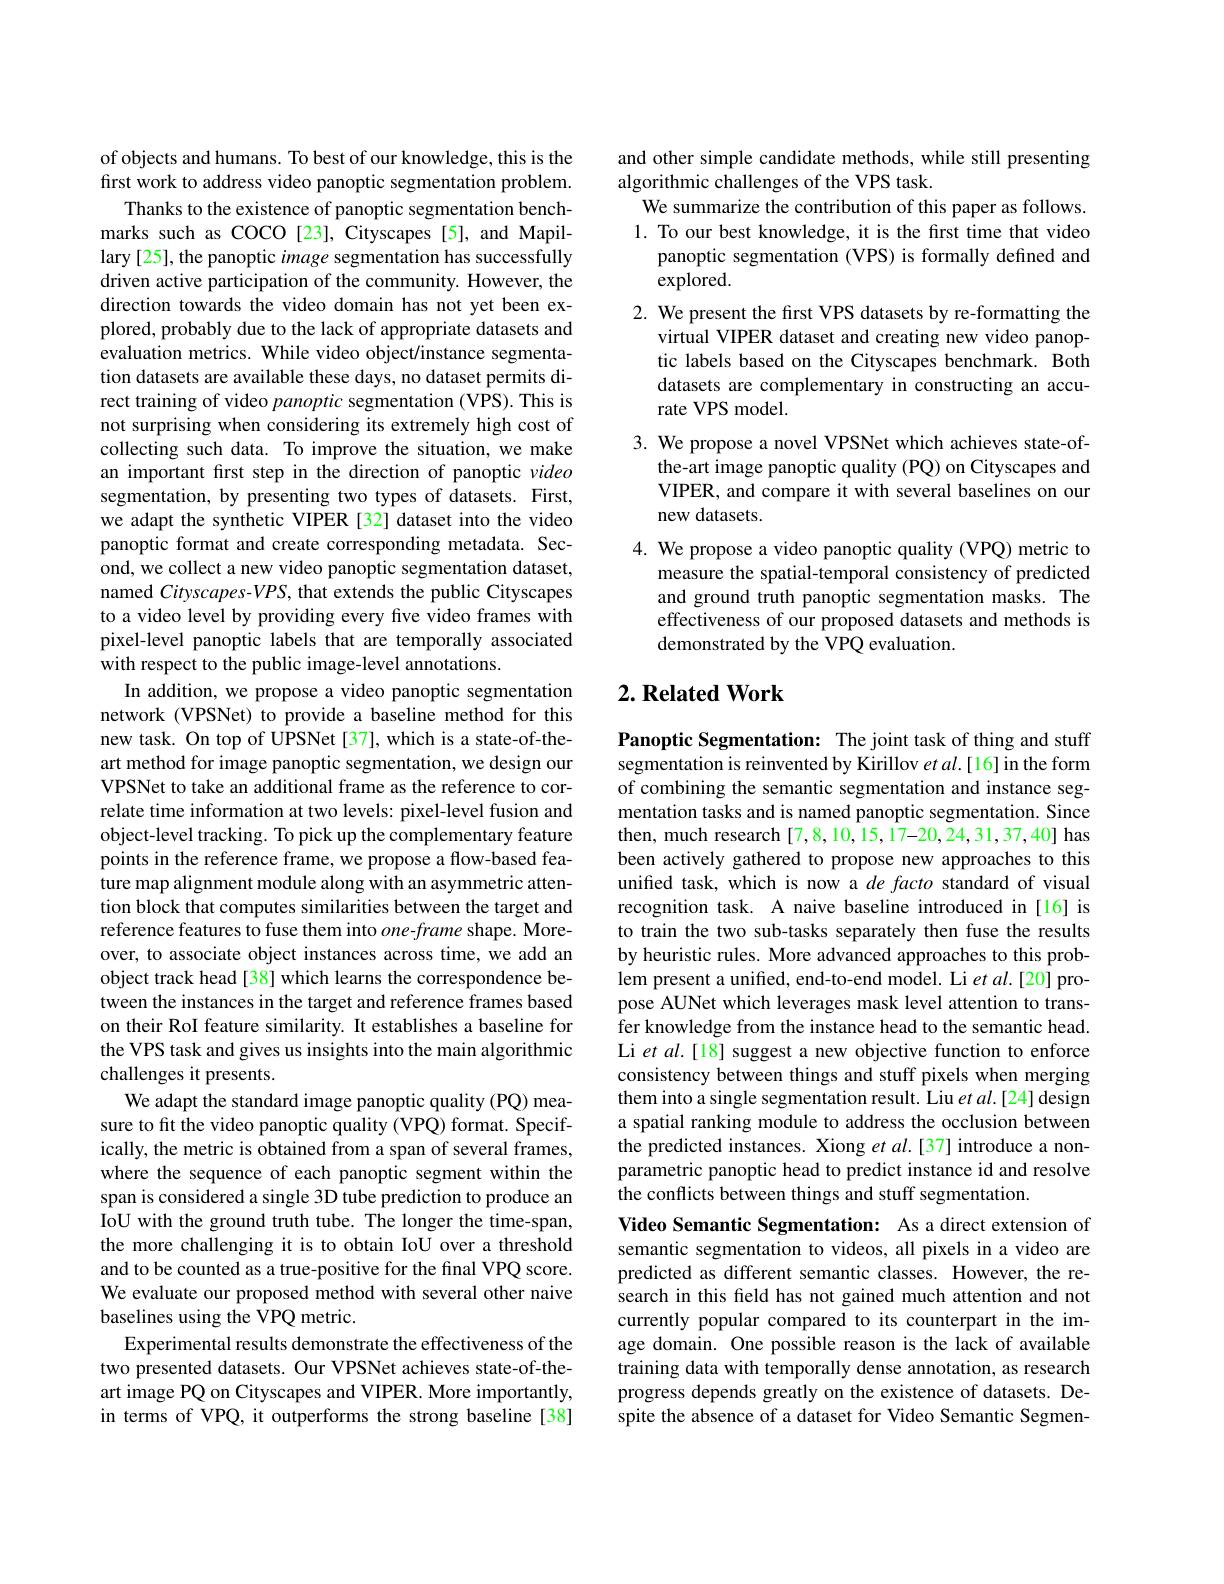
of objects and humans. To best of our knowledge, this is the first work to address video panoptic segmentation problem.
Thanks to the existence of panoptic segmentation benchmarks such as COCO[23], Cityscapes[5], and Mapillary [25], the panoptic image segmentation has successfully driven active participation of the community. However, the direction towards the video domain has not yet been explored, probably due to the lack of appropriate datasets and evaluation metrics. While video object/instance segmentation datasets are available these days, no dataset permits direct training of video panoptic segmentation (VPS). This is not surprising when considering its extremely high cost of collecting such data. To improve the situation, we make an important first step in the direction of panoptic video segmentation, by presenting two types of datasets. First, we adapt the synthetic VIPER [32] dataset into the video panoptic format and create corresponding metadata. Second, we collect a new video panoptic segmentation dataset, named Cityscapes-VPS, that extends the public Cityscapes to a video level by providing every five video frames with pixel-level panoptic labels that are temporally associated with respect to the public image-level annotations.
In addition, we propose a video panoptic segmentation network (VPSNet) to provide a baseline method for this new task. On top of UPSNet[37], which is a state-of-theart method for image panoptic segmentation, we design our VPSNet to take an additional frame as the reference to correlate time information at two levels: pixel-level fusion and object-level tracking. To pick up the complementary feature points in the reference frame, we propose a flow-based feature map alignment module along with an asymmetric attention block that computes similarities between the target and reference features to fuse them into $one-frame$ shape. Moreover, to associate object instances across time, we add an object track head [38] which learns the correspondence between the instances in the target and reference frames based on their RoI feature similarity. It establishes a baseline for the VPS task and gives us insights into the main algorithmic challenges it presents.
We adapt the standard image panoptic quality (PQ) measure to fit the video panoptic quality (VPQ) format. Specifically, the metric is obtained from a span of several frames, where the sequence of each panoptic segment within the span is considered a single 3D tube prediction to produce an IoU with the ground truth tube. The longer the time-span, the more challenging it is to obtain IoU over a threshold and to be counted as a true-positive for the final VPQ score. We evaluate our proposed method with several other naive baselines using the VPQ metric.
Experimental results demonstrate the effectiveness of the two presented datasets. Our VPSNet achieves state-of-theart image PQ on Cityscapes and VIPER. More importantly, in terms of VPQ, it outperforms the strong baseline[38]

and other simple candidate methods, while still presenting
algorithmic challenges of the VPS task.
We summarize the contribution of this paper as follows. 1. To our best knowledge, it is the first time that video
panoptic segmentation (VPS) is formally defined and
explored.
2. We present the first VPS datasets by re-formatting the
virtual VIPER dataset and creating new video panoptic labels based on the Cityscapes benchmark. Both datasets are complementary in constructing an accurate VPS model.
3. We propose a novel VPSNet which achieves state-of-
the-art image panoptic quality (PQ) on Cityscapes and VIPER, and compare it with several baselines on our new datasets.
4. We propose a video panoptic quality (VPQ) metric to
measure the spatial-temporal consistency of predicted and ground truth panoptic segmentation masks. The effectiveness of our proposed datasets and methods is demonstrated by the VPQ evaluation.

### $2. \textbf{Related Work}$

Panoptic Segmentation: The joint task of thing and stuff segmentation is reinvented by Kirillov $etal.[16]$ in the form of combining the semantic segmentation and instance segmentation tasks and is named panoptic segmentation. Since then, much research $[7,8,10,15,17–20,24,31,37,40]$ has been actively gathered to propose new approaches to this unifed task, which is now a de facto standard of visual recognition task. A naive baseline introduced in[16] is to train the two sub-tasks separately then fuse the results by heuristic rules. More advanced approaches to this problem present a unified, end-to-end model. Li et al.[20] propose AUNet which leverages mask level attention to transfer knowledge from the instance head to the semantic head. Li et al.[18] suggest a new objective function to enforce consistency between things and stuff pixels when merging them into a single segmentation result. Liu $et$ al.[24] design a spatial ranking module to address the occlusion between the predicted instances. Xiong et al.[37] introduce a nonparametric panoptic head to predict instance id and resolve the conflicts between things and stuff segmentation.

Video Semantic Segmentation: As a direct extension of semantic segmentation to videos, all pixels in a video are predicted as different semantic classes. However, the research in this field has not gained much attention and not currently popular compared to its counterpart in the image domain. One possible reason is the lack of available training data with temporally dense annotation, as research progress depends greatly on the existence of datasets. Despite the absence of a dataset for Video Semantic Segmen-